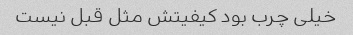
خیلی چرب بود کیفیتش مثل قبل نیست